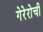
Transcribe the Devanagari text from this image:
गेरेरोची